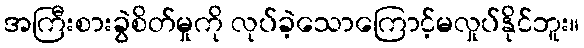
အကြီးစားခွဲစိတ်မှုကို လုပ်ခဲ့သောကြောင့်မလှုပ်နိုင်ဘူး။